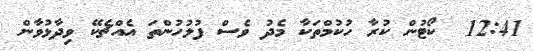
12:41  ކޯޓުން ކުރާ ހުކުމްތަކާ މެދު ވެސް ފުލުހުންތަ އެއްޗެކޭ ވިދާޅުވާން